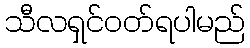
သီလရှင်ဝတ်ရပါမည်